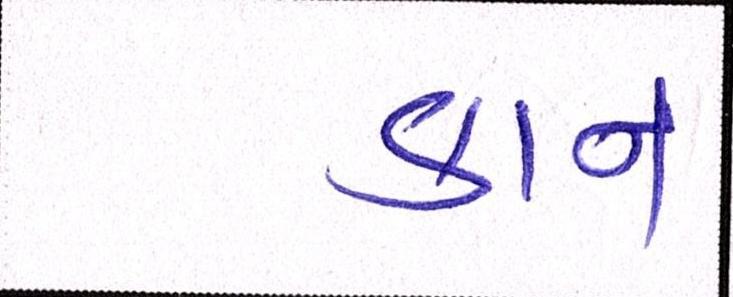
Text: કાન